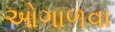
ઓગાળવા